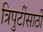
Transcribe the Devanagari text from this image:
त्रिपुटींसाठी